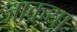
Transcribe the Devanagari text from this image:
जाकया